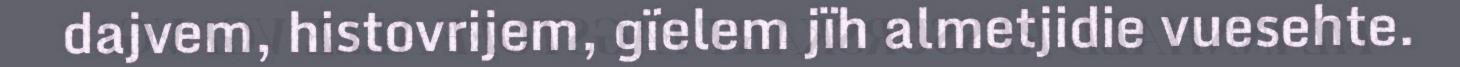
dajvem, histovrijem, gïelem jïh almetjidie vuesehte.